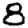
Digit: 8